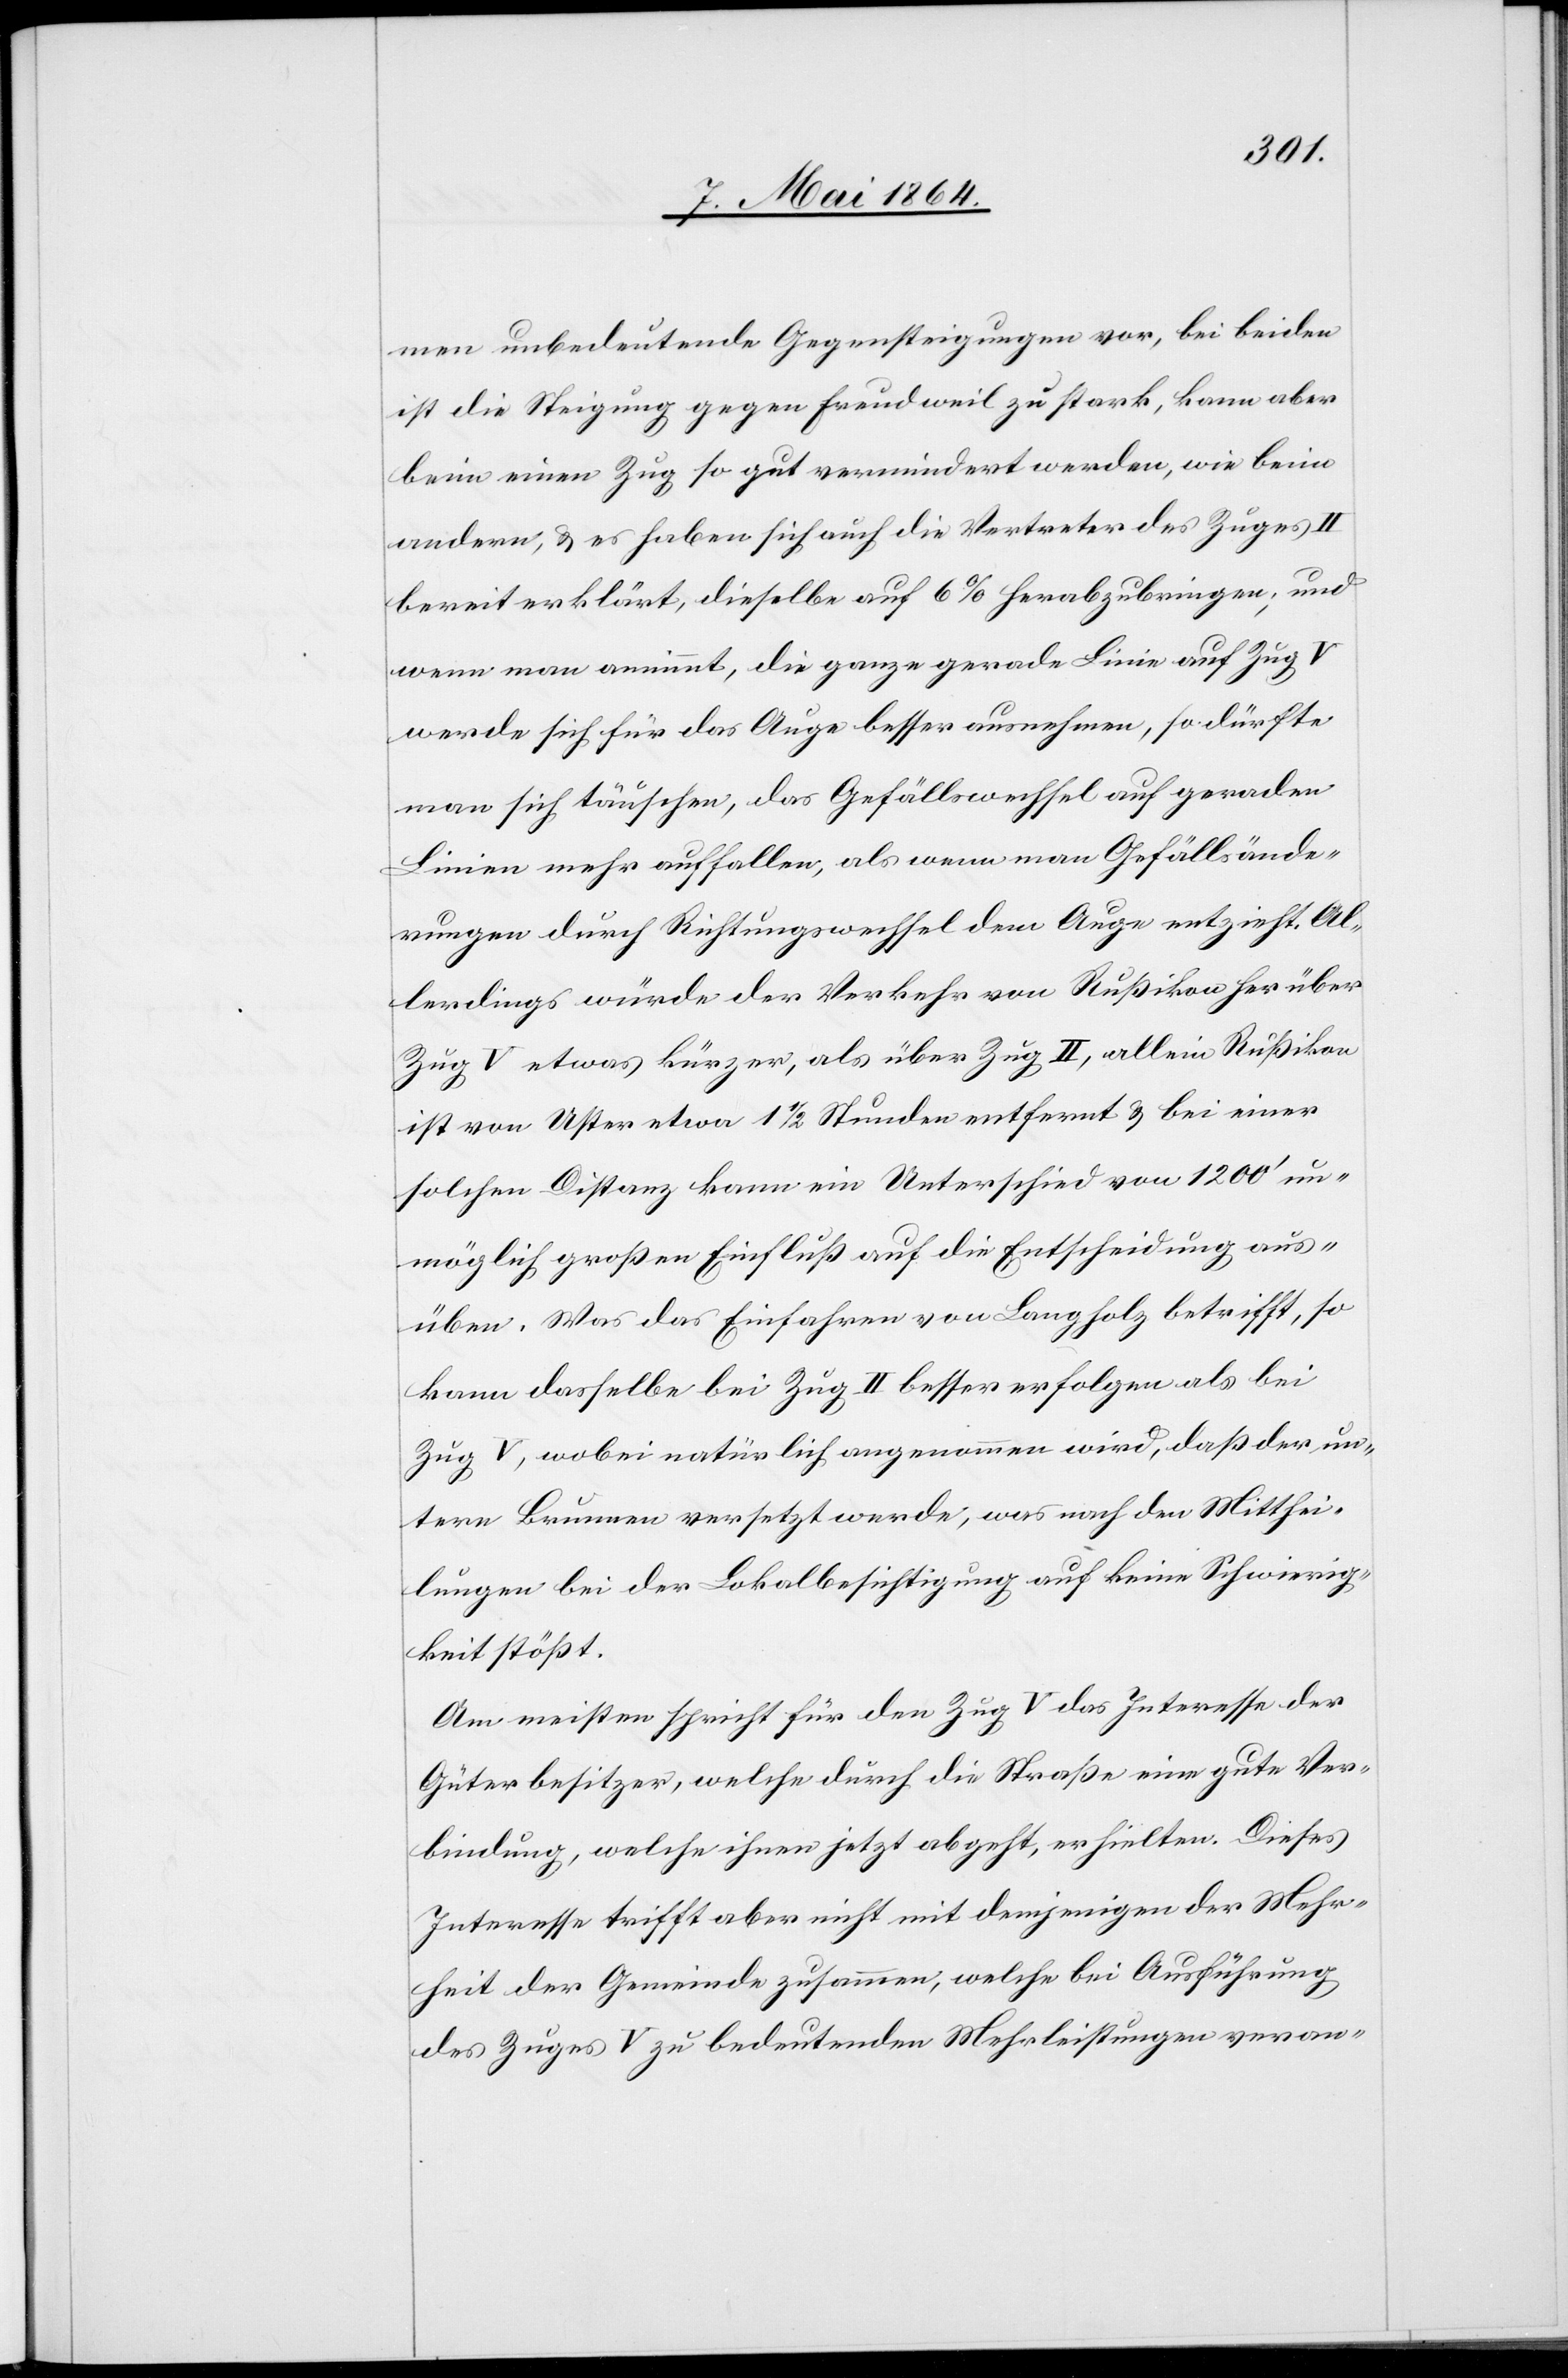
men unbedeutende Gegensteigungen vor, bei beiden
ist die Steigung gegen Freudweil zu stark, kann aber
beim einen Zug so gut vermindert werden, wie beim
andern, u. es haben sich auch die Vertreter des Zuges II
bereit erklärt, dieselbe auf 6% herabzubringen; und
wenn man annimmt, die ganze gerade Linie auf Zug V
werde sich für das Auge besser ausnehmen, so dürfte
man sich täuschen, das [sic!] Gefällswechsel auf geraden
Linien mehr auffallen, als wenn man Gefällsände¬
rungen durch Richtungswechsel dem Auge entzieht. Al¬
lerdings würde der Verkehr von Rußikon her über
Zug V etwas kürzer, als über Zug II, allein Rußikon
ist von Uster etwa 1 1/2 Stunden entfernt u. bei einer
solchen Distanz kann ein Unterschied von 1200’ un¬
möglich großen Einfluß auf die Entscheidung aus¬
üben. Was das Einfahren von Langholz betrifft, so
kann dasselbe bei Zug II besser erfolgen als bei
Zug V, wobei natürlich angenommen wird, daß der un¬
tere Brunnen versetzt werde, was nach den Mitthei¬
lungen bei der Lokalbesichtigung auf keine Schwierig¬
keit stößt.
Am meisten spricht für den Zug V das Interesse der
Güterbesitzer, welche durch die Straße eine gute Ver¬
bindung, welche ihnen jetzt abgeht, erhielten. Dieses
Interesse trifft aber nicht mit demjenigen der Mehr¬
heit der Gemeinde zusammen, welche bei Ausführung
des Zuges V zu bedeutenden Mehrleistungen veran-